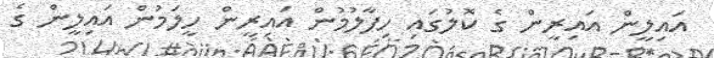
އައިލީން އައިރީން ގެ ކޮލުގައި ހިފާލުމުން އައިރީން ހީލަމުން އައިލީން ގެ